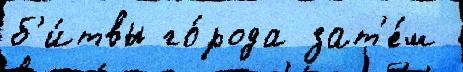
б'и́твы го́рода зат'е́м